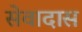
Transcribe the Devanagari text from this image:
सेवादास